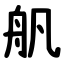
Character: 舤